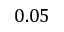
0 . 0 5